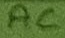
Text: AC